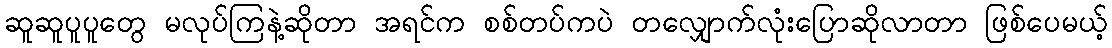
ဆူဆူပူပူတွေ မလုပ်ကြနဲ့ဆိုတာ အရင်က စစ်တပ်ကပဲ တလျှောက်လုံးပြောဆိုလာတာ ဖြစ်ပေမယ့်